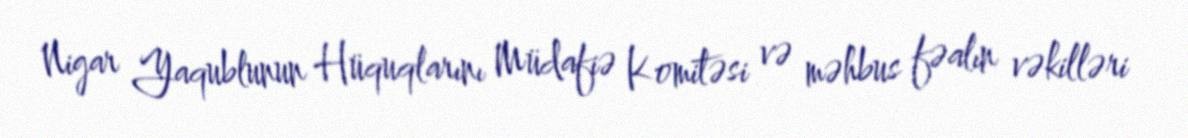
Nigar Yaqublunun Hüquqlarını Müdafiə Komitəsi və məhbus fəalın vəkilləri